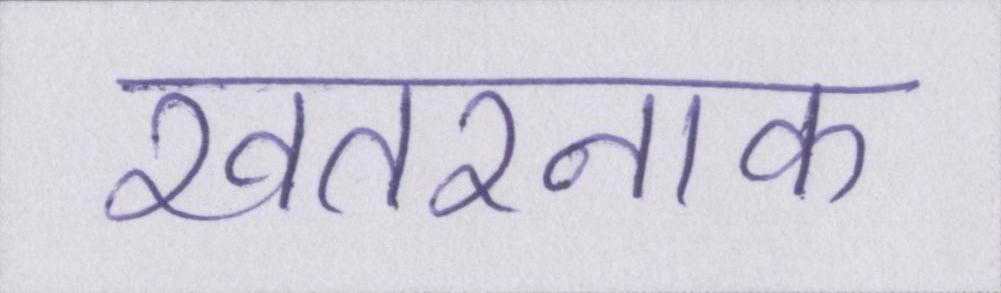
खतरनाक